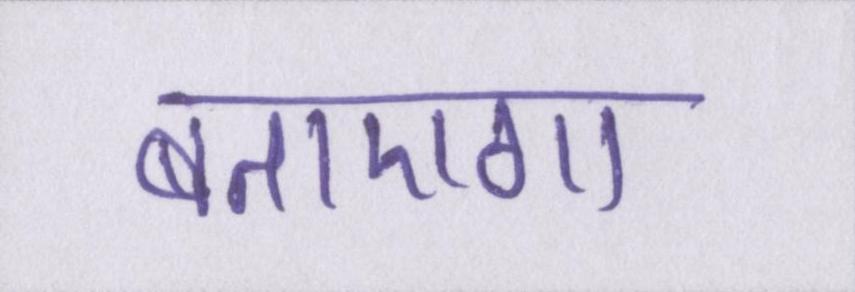
बताएगा